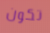
تكون